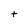
Character: t